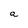
Character: a